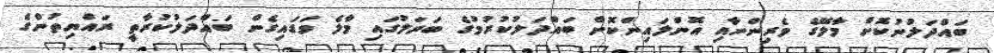
ބައްދަލުނުކޮށް މާލޭގެ ވެރިންނާއި އޮންލައިންކޮށް ބައްދަލުކުރުމުގެ ބަދަލުގައި މާލެ ވަޑައިގެން ބައްދަލުކުރާތީ ރައްޔިތުންގެ